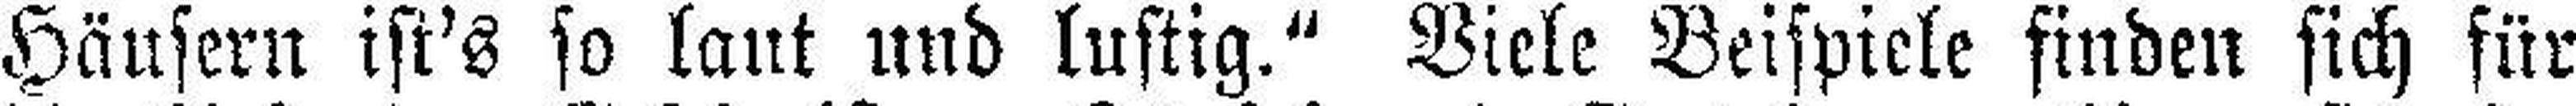
Häusern ist's so laut und lustig.“ Viele Beispiele finden sich für